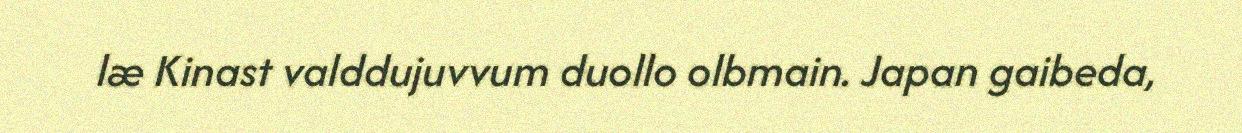
læ Kinast valddujuvvum duollo olbmain. Japan gaibeda,